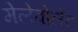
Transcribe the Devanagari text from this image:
मेलेवोलेंट